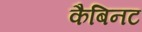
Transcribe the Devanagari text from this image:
कैबिनट